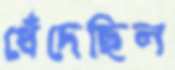
ধেঁদেছিল